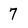
Character: 7